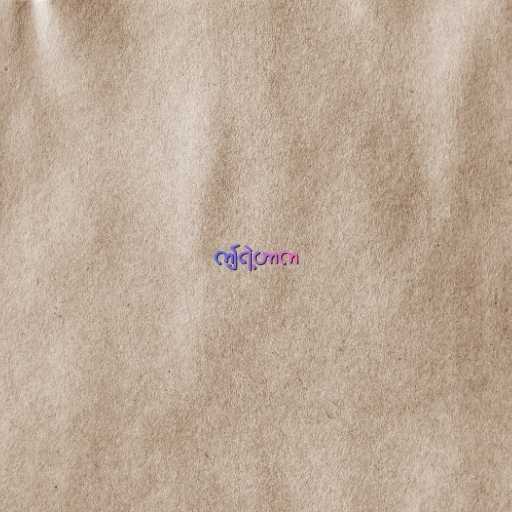
ဤရဲ့ဟာက